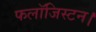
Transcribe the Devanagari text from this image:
फलॉजिस्टन।